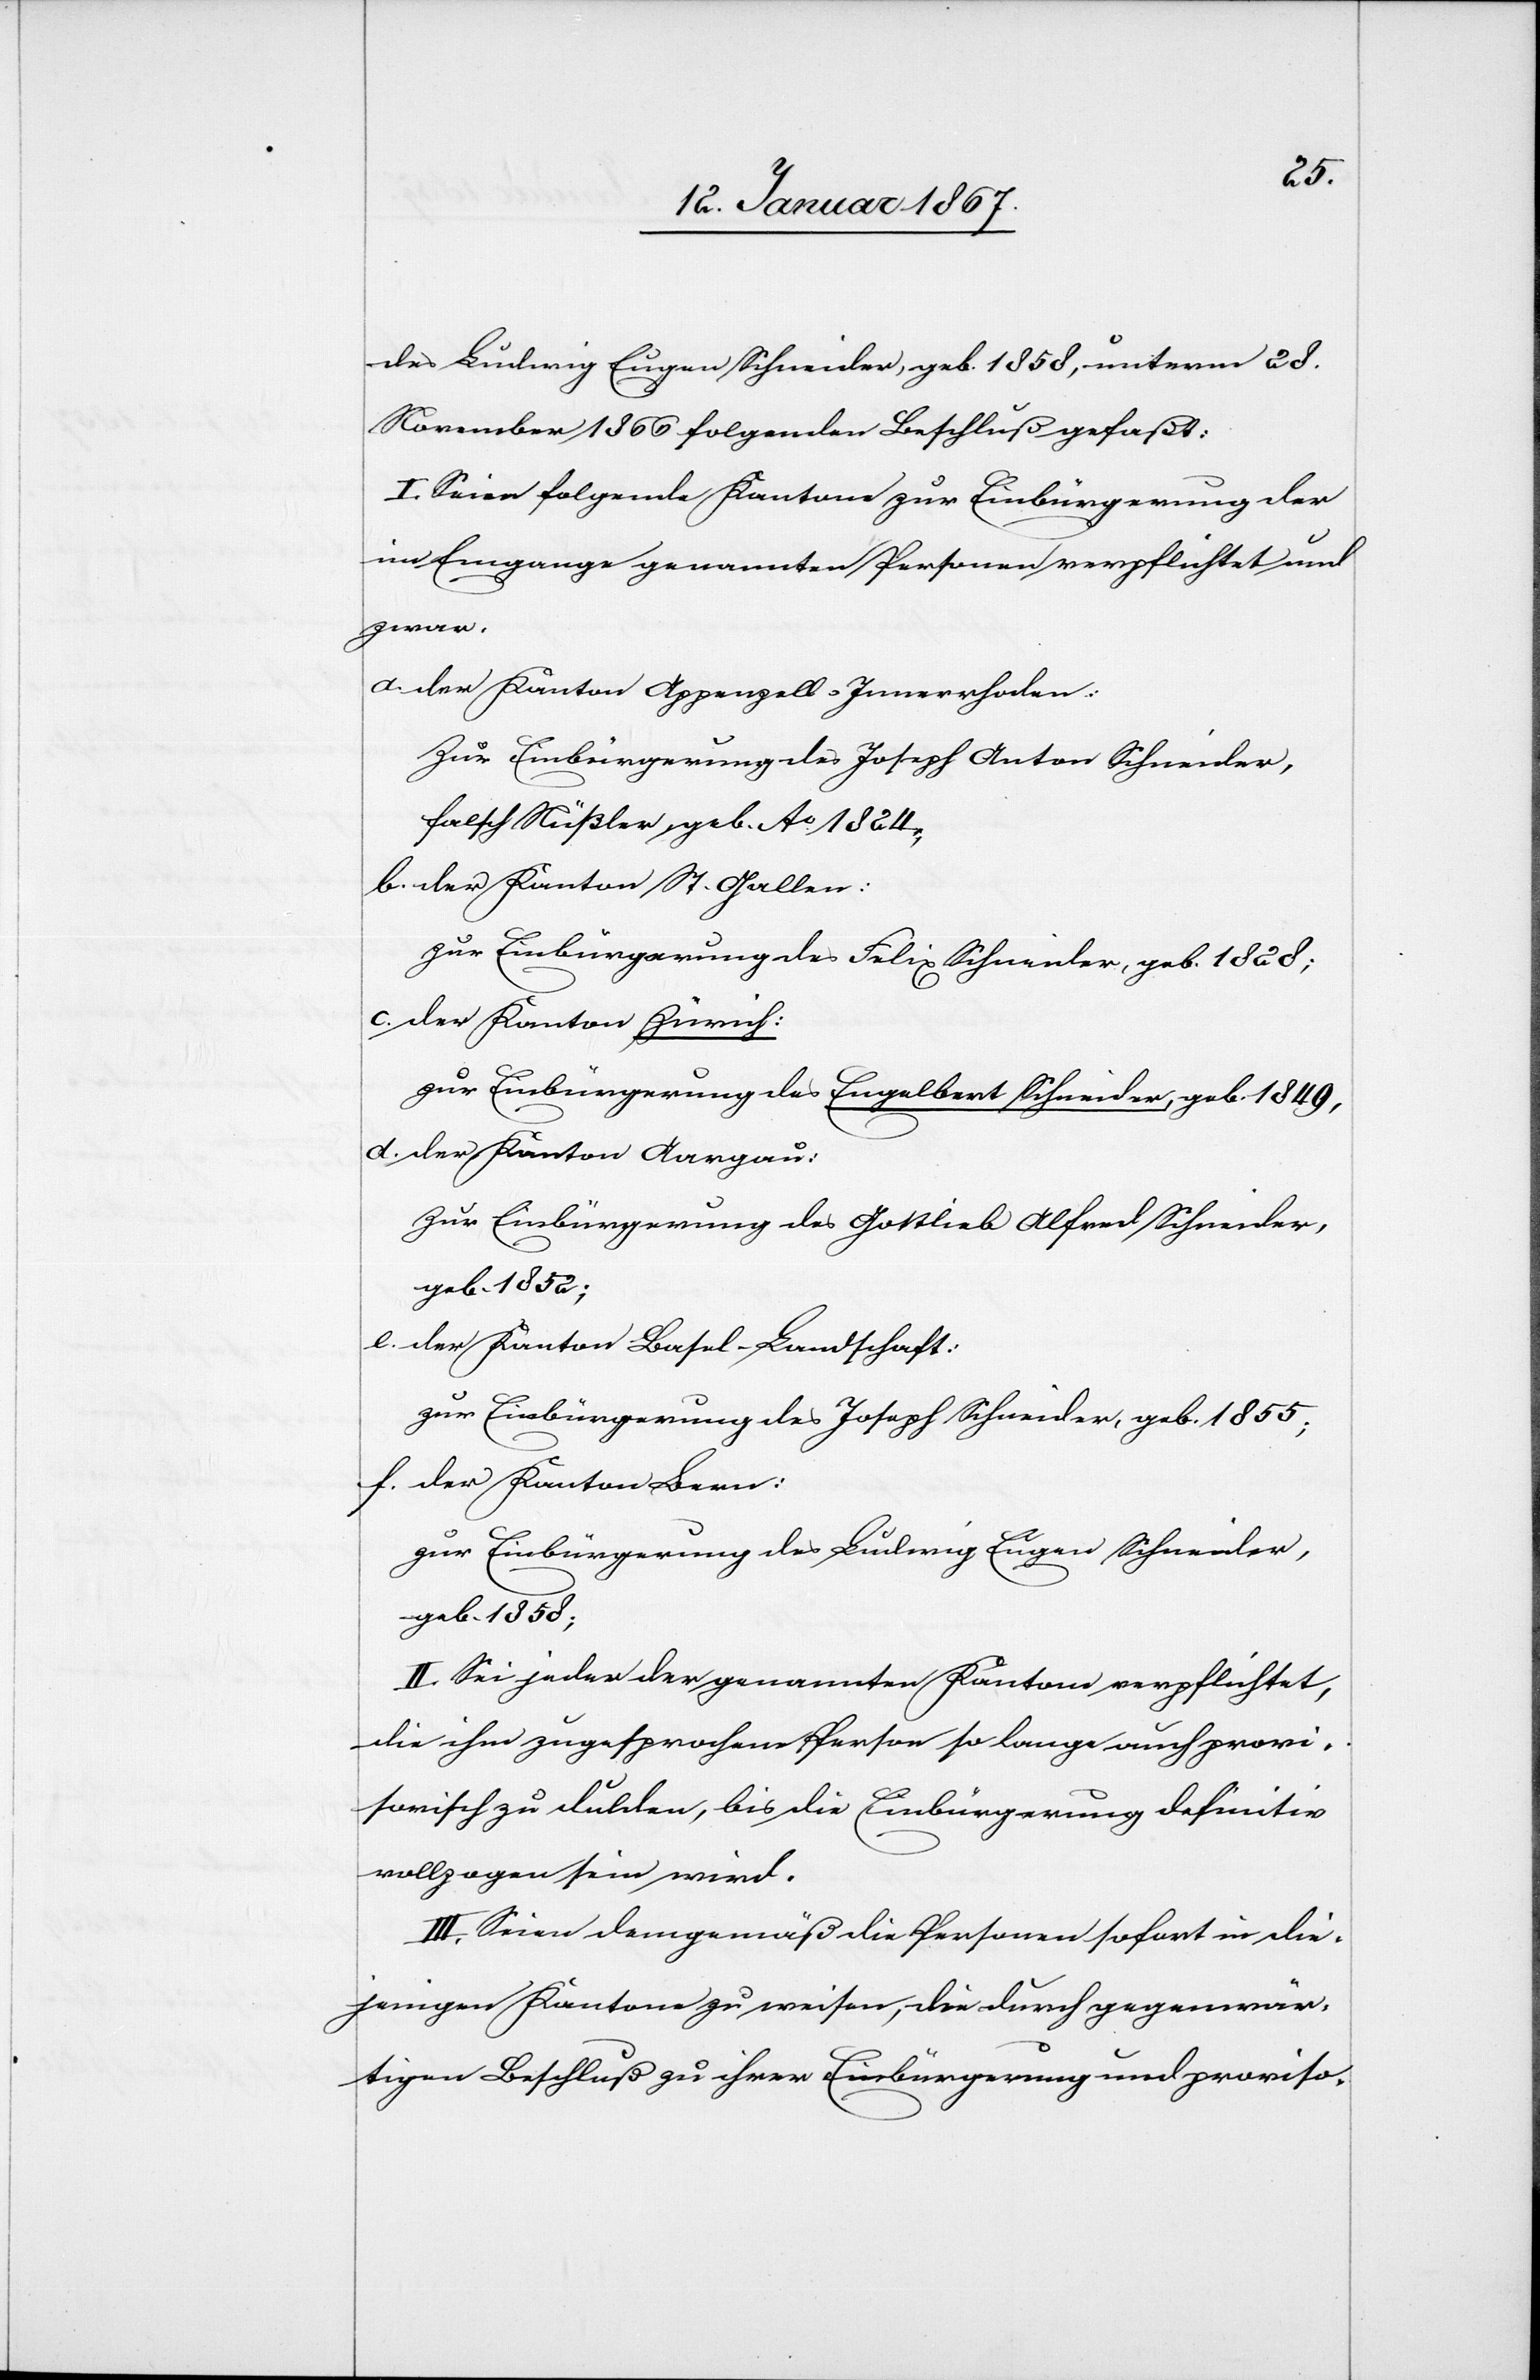
des Ludwig Eugen Schneider, geb 1858, unterm 28.
November 1866 folgenden Beschluß gefaßt:
I. Seien folgende Kantone zur Einbürgerung der
im Eingange genannten Personen verpflichtet und
zwar.
a. der Kanton Appenzell-Innerhoden:
Zur Einbürgerung des Joseph Anton Schneider,
falsch Nüßler, geb Ao 1824;
b. der Kanton St. Gallen:
Zur Einbürgerung des Felix Schneider, geb. 1828;
c. der Kanton Zürich:
Zur Einbürgerung des Engelbert Schneider, geb. 1849,
d. der Kanton Aargau:
Zur Einbürgerung des Gottlieb Alfred Schneider,
geb. 1852;
e. der Kanton Basel-Landschaft:
zur Einbürgerung des Joseph Schneider, geb. 1855;
f. der Kanton Bern:
zur Einbürgerung des Ludwig Eugen Schneider,
geb. 1858;
II. Sei jeder der genannten Kantone verpflichtet,
die ihm zugesprochene Person so lange auch provi¬
sorisch zu dulden, bis die Einbürgerung definitiv
vollzogen sein wird.
III. Seien demgemäß die Personen sofort in die¬
jenigen Kantone zu weisen, die durch gegenwär¬
tigen Beschluß zu ihrer Einbürgerung und proviso-